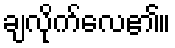
ချလိုက်လေ၏။